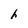
Character: h